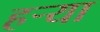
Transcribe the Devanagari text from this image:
हर्‍या